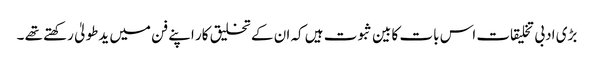
بڑی ادبی تخلیقات اس بات کا بین ثبوت ہیں کہ ان کے تخلیق کار اپنے فن میں یدطولیٰ رکھتے تھے ۔